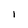
Character: 1